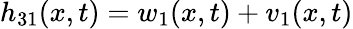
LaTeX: h_{31}(x,t)=w_{1}(x,t)+v_{1}(x,t)